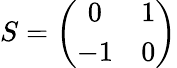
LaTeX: S=\left(\begin{array}{cc}{{0}}&{{1}}\\ {{-1}}&{{0}}\end{array}\right)